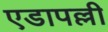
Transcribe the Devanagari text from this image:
एडापल्ली